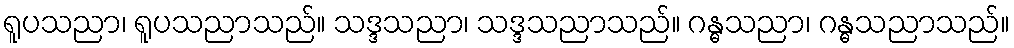
ရူပသညာ၊ ရူပသညာသည်။ သဒ္ဒသညာ၊ သဒ္ဒသညာသည်။ ဂန္ဓသညာ၊ ဂန္ဓသညာသည်။